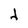
Character: d